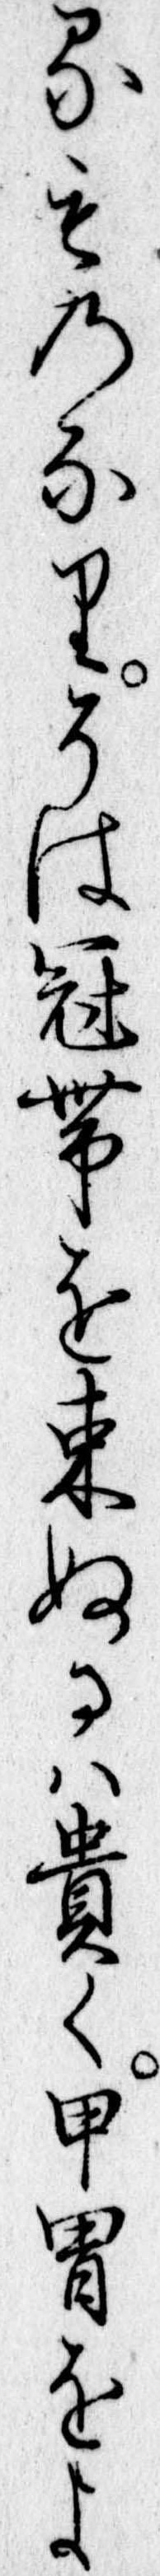
るものなりそは冠帯を束ぬるは貴く甲冑をよ